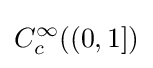
C_{c}^{\infty }((0,1])